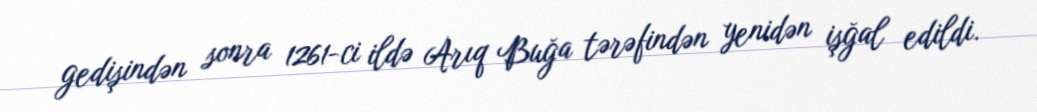
gedişindən sonra 1261-ci ildə Arıq Buğa tərəfindən yenidən işğal edildi.